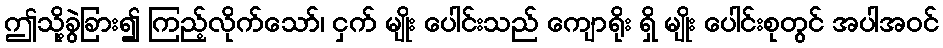
ဤသို့ခွဲခြား၍ ကြည့်လိုက်သော်၊ ငှက် မျိုး ပေါင်းသည် ကျောရိုး ရှိ မျိုး ပေါင်းစုတွင် အပါအဝင်